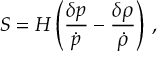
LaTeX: S = H \left( { \frac { \delta p } { \dot { p } } } - { \frac { \delta \rho } { \dot { \rho } } } \right) \, ,